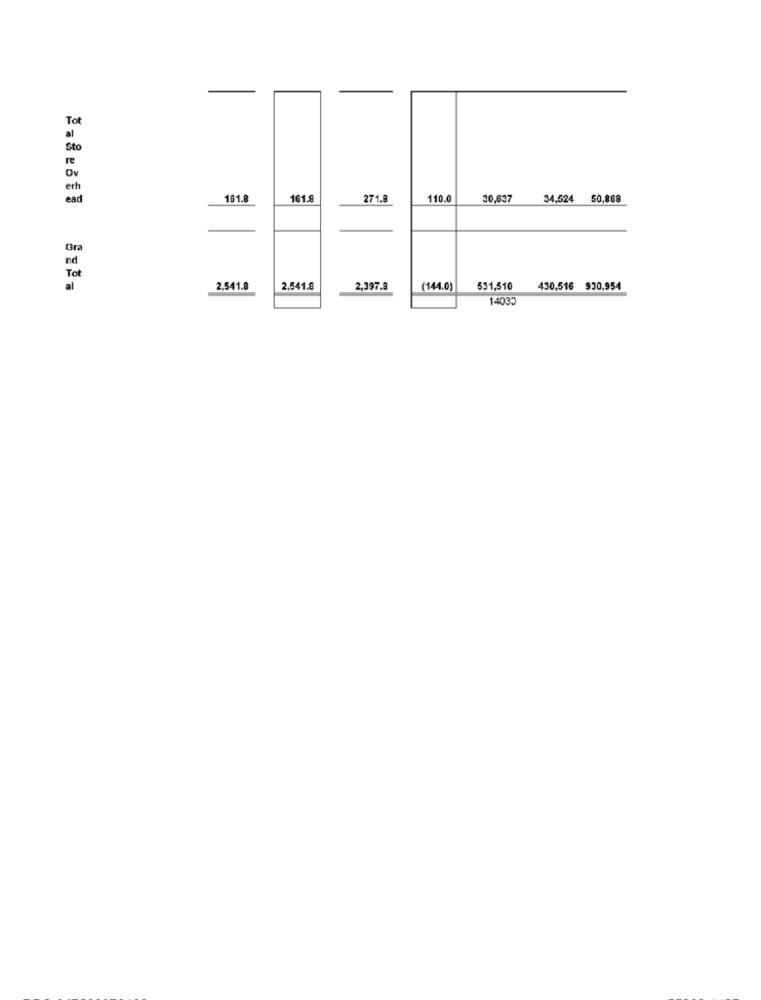
-
Tot
al
Sto
re
Ov
erh
ead
181.8
161.8
271.8
110.0
30,637
34,524
50,869
Gra
nd
Tot
al
2,541.8
2,541.8
2,397.8
(144.0)
531,510
430,516 930,954
14033